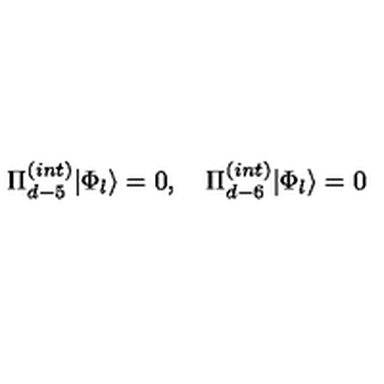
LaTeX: \Pi _ { d - 5 } ^ { ( i n t ) } | \Phi _ { l } \rangle = 0 , \quad \Pi _ { d - 6 } ^ { ( i n t ) } | \Phi _ { l } \rangle = 0